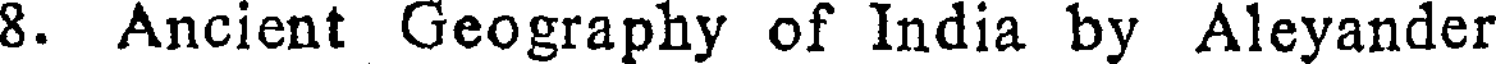
8. Ancient Geography of India by Aleyander